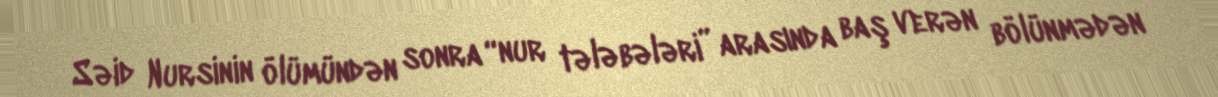
Səid Nursinin ölümündən sonra “nur tələbələri” arasında baş verən bölünmədən